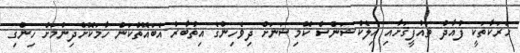
ހަރަކާތަކީ ފުއާދު ތައުފީޤަށާއި އިލެކްޝަންސް ކޮމިޝަނަށް ދިވެހިންގެ އިތުބާރު އެބައޮތްކަން ހާމަކޮށްދިނުމަށް ހިންގި